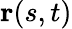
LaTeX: \textbf{r}(s,t)